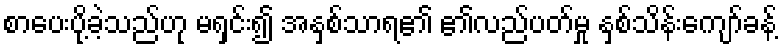
စာပေးပို့ခဲ့သည်ဟု မရှင်း၍ အနှစ်သာရ၏ ၏လည်ပတ်မှု နှစ်သိန်းကျော်ခန့်